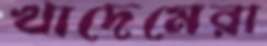
খাদেমেরা